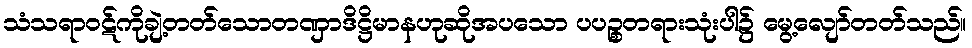
သံသရာဝဋ်ကိုချဲ့တတ်သောတဏှာဒိဋ္ဌိမာနဟုဆိုအပသော ပပဉ္စတရားသုံးပါ၌ မွေ့လျော်တတ်သည်။